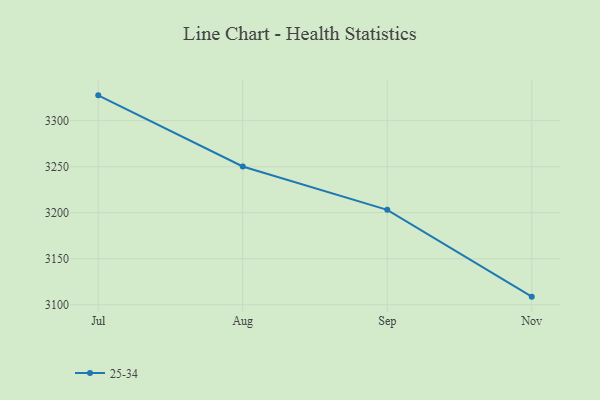
{"axis": {"x": "Month", "y": "Waste Production (Tons)"}, "legend": ["25-34"], "data": [{"x": "Jul", "y": 3327.5, "type": "25-34"}, {"x": "Aug", "y": 3250.2, "type": "25-34"}, {"x": "Sep", "y": 3203.1, "type": "25-34"}, {"x": "Nov", "y": 3108.8, "type": "25-34"}]}